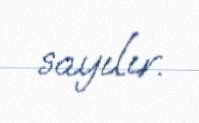
sayılır.